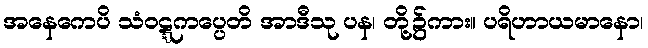
အနေကေပိ သံဝဋ္ဋကပ္ပေတိ အာဒီသု ပန၊ တို့၌ကား။ ပရိဟာယမာနော၊